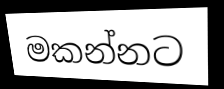
මකන්නට